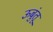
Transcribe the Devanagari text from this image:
ऊबुंतू